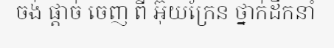
ចង់ ផ្តាច់ ចេញ ពី អ៊ុយក្រែន ថ្នាក់ដឹកនាំ